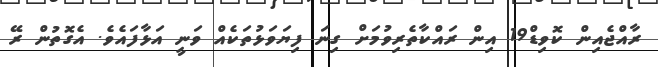
ރާއްޖެއިން ކޮވިޑް19 އިން ރައްކާތެރިވުމަށް ގިނަ ފިޔަވަޅުތަކެއް ވަނީ އަޅާފައެވެ. އެގޮތުން ރޭ